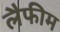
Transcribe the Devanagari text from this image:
लैफीम